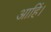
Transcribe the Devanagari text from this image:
आहिं।